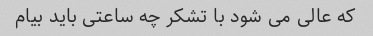
که عالی می شود با تشکر چه ساعتی باید بیام